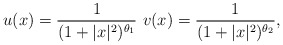
\begin{align*}u(x) = \frac{1}{(1 + |x|^2)^{\theta_1}} \,\, v(x) = \frac{1}{(1 + |x|^2)^{\theta_2}},\end{align*}